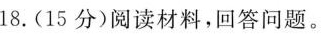
18.(15分)阅读材料，回答问题。